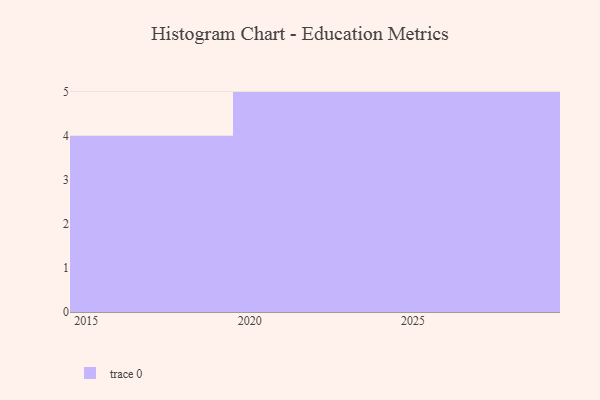
{"axis": {"x": "Year", "y": "Temperature (°C)"}, "legend": [""], "data": [{"x": "2022", "y": 57, "type": ""}, {"x": "2029", "y": 60, "type": ""}, {"x": "2018", "y": 89, "type": ""}, {"x": "2020", "y": 2, "type": ""}, {"x": "2026", "y": 31, "type": ""}, {"x": "2024", "y": 44, "type": ""}, {"x": "2016", "y": 88, "type": ""}, {"x": "2023", "y": 59, "type": ""}, {"x": "2028", "y": 49, "type": ""}, {"x": "2021", "y": 84, "type": ""}, {"x": "2027", "y": 85, "type": ""}, {"x": "2017", "y": 37, "type": ""}, {"x": "2015", "y": 54, "type": ""}, {"x": "2025", "y": 50, "type": ""}]}